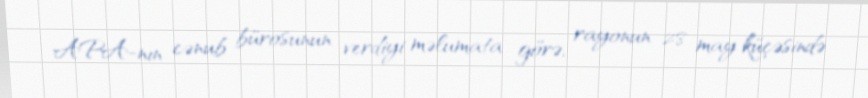
APA-nın cənub bürosunun verdiyi məlumata görə, rayonun 28 may küçəsində